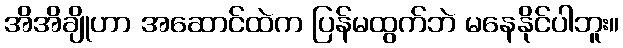
အိအိချိုဟာ အဆောင်ထဲက ပြန်မထွက်ဘဲ မနေနိုင်ပါဘူး။